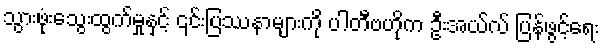
သွားဖုံးသွေးထွက်မှုနှင့် ၎င်းပြဿနာများကို ပါတီဗဟိုက ဦးအယ်လ် ပြန်ဖွင့်ရေး